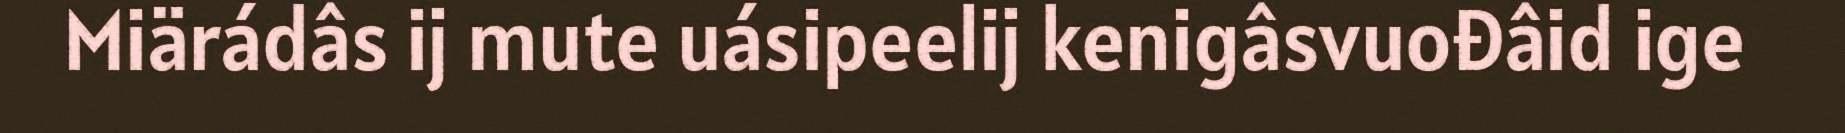
Miärádâs ij mute uásipeelij kenigâsvuođâid ige